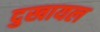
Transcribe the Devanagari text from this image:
दुखायल